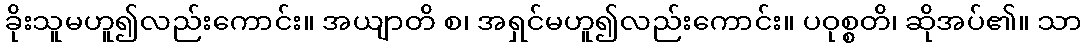
ခိုးသူမဟူ၍လည်းကောင်း။ အယျာတိ စ၊ အရှင်မဟူ၍လည်းကောင်း။ ပဝုစ္စတိ၊ ဆိုအပ်၏။ သာ